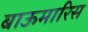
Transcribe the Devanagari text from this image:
बाऊमारिस